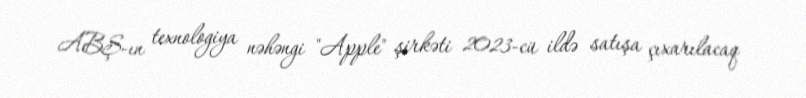
ABŞ-ın texnologiya nəhəngi "Apple" şirkəti 2023-cü ildə satışa çıxarılacaq